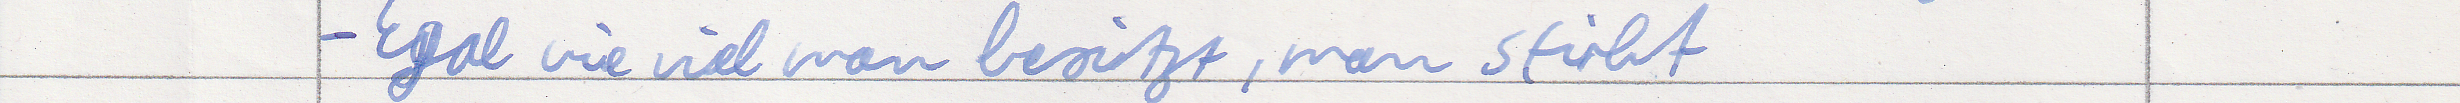
- Egal wie viel man besitzt, man stirbt